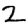
Digit: 2